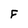
Character: F